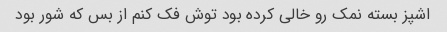
اشپز بسته نمک رو خالی کرده بود توش فک کنم از بس که شور بود